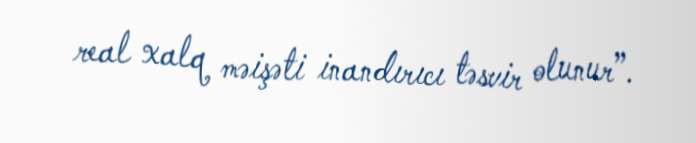
real xalq məişəti inandırıcı təsvir olunur”.